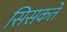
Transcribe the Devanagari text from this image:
सिसकते